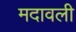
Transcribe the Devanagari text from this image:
मदावली